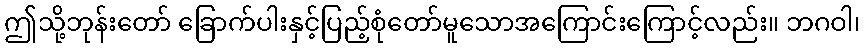
ဤသို့ဘုန်းတော် ခြောက်ပါးနှင့်ပြည့်စုံတော်မူသောအကြောင်းကြောင့်လည်း။ ဘဂဝါ၊